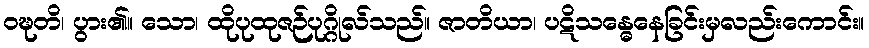
ဝဍ္ဎတိ၊ ပွား၏။ သော၊ ထိုပုထုဇဉ်ပုဂ္ဂိုလ်သည်။ ဇာတိယာ၊ ပဋိသန္ဓေနေခြင်းမှလည်းကောင်း။